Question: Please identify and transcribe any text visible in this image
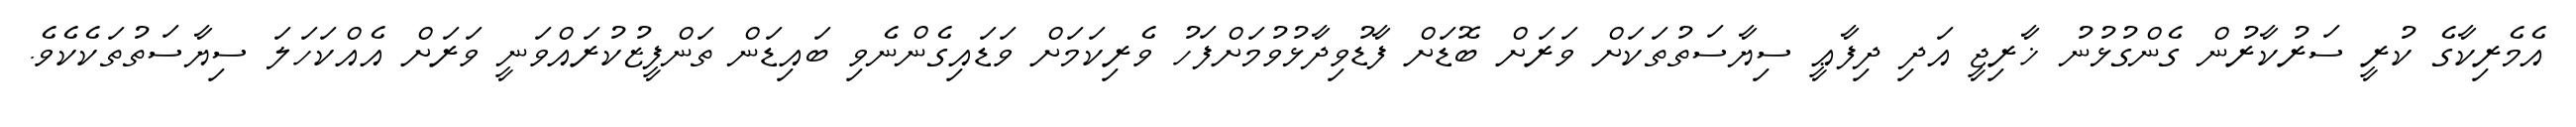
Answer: އެމެރިކާގެ ކުރީ ސަރުކާރުން ގެންގުޅުނު ޚާރިޖީ އަދި ދިފާޢީ ސިޔާސަތުތަކަށް ވަރަށް ބޮޑަށް ފާޑުވިދާޅުވުމަށްފަހު ވެރިކަމަށް ވަޑައިގެންނެވި ބައިޑަން ތަންފީޒުކުރައްވަނީ ވަރަށް އެއްކަހަލަ ސިޔާސަތުތަކެކެވެ.